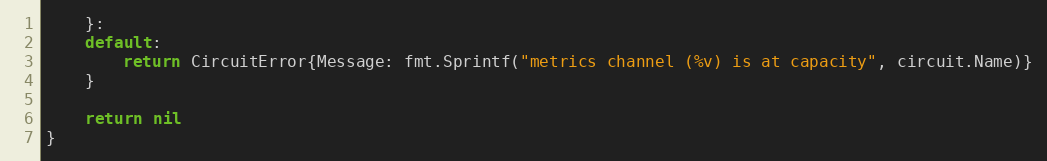
Language: Go
	}:
	default:
		return CircuitError{Message: fmt.Sprintf("metrics channel (%v) is at capacity", circuit.Name)}
	}

	return nil
}